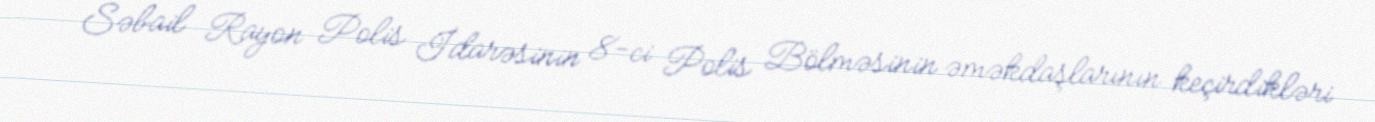
Səbail Rayon Polis İdarəsinin 8-ci Polis Bölməsinin əməkdaşlarının keçirdikləri